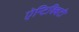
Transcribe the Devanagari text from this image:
ऐन्टिक्विटी